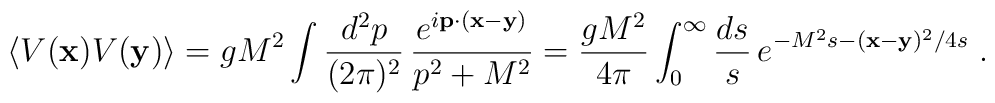
\langle V({\bf x})V({\bf y})\rangle=gM^2\int\frac{d^2p}{(2\pi)^2}\,\frac{e^{i{\bf p}\cdot({\bf x}-{\bf y})}}{p^2+M^2}=\frac{gM^2}{4\pi}\int_0^{\infty}\frac{ds}{s}\,e^{-M^2s-({\bf x}-{\bf y})^2/4s}  \; .